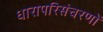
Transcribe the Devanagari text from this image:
धारापरिसंचरणों